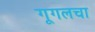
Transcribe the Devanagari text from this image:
गूगलचा